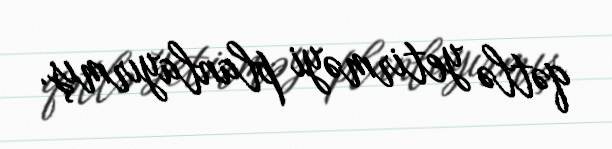
qətlə yetirməyi planlayırmış.